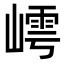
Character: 嶀